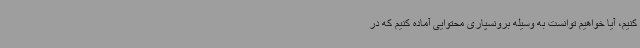
کنیم، آیا خواهیم توانست به وسیله برونسپاری محتوایی آماده کنیم که در